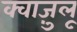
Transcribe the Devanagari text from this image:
क्वाज़ुलू